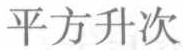
平方升次